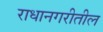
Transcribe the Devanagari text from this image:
राधानगरीतील